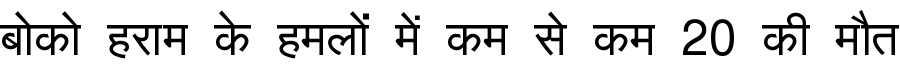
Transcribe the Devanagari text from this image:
बोको हराम के हमलों में कम से कम 20 की मौत